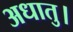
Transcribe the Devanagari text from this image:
अधातु।